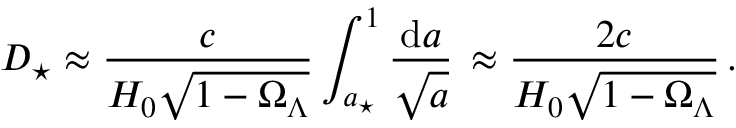
D _ { \star } \approx \frac { c } { H _ { 0 } \sqrt { 1 - \Omega _ { \Lambda } } } \int _ { a _ { \star } } ^ { 1 } \frac { \mathrm { d } a } { \sqrt { a } } \, \approx \frac { 2 c } { H _ { 0 } \sqrt { 1 - \Omega _ { \Lambda } } } \, .